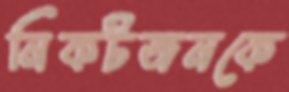
নিকটজনকে